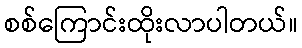
စစ်ကြောင်းထိုးလာပါတယ်။